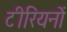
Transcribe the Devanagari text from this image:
टीरियनों